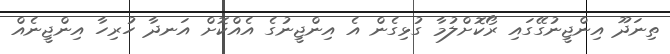
ތިނަދޫ އިންޖީނުގޭގައި ރޯކޮށްލުމާ ގުޅިގެން އެ އިންޖީނުގެ އެއްކޮށް އަނދާ ހުރިހާ އިންޖީނެއް